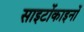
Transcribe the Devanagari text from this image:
साइटोंकाइनों